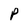
Character: P